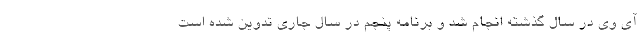
آی وی در سال گذشته انجام شد و برنامه پنجم در سال جاری تدوین شده است